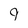
Character: 9